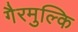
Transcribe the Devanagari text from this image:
गैरमुल्कि